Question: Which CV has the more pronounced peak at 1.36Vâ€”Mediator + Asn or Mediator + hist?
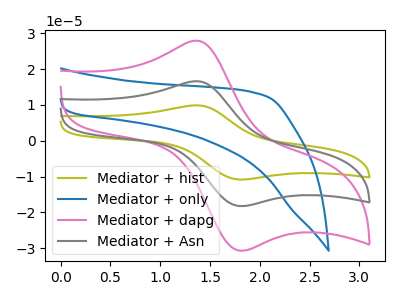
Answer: <think>The olive curve "Mediator + hist" has an anodic peak at (1.35V, 33.15uA) and a cathodic peak at (1.80V, -36.50uA). The blue curve "Mediator + only" has no peaks. The pink curve "Mediator + dapg" has an anodic peak at (1.35V, 27.90uA) and a cathodic peak at (1.80V, -30.70uA). The gray curve "Mediator + Asn" has an anodic peak at (1.35V, 16.60uA) and a cathodic peak at (1.80V, -18.25uA).</think>
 <answer>The peak at 1.36V is lower in "Mediator + Asn" than in "Mediator + hist".</answer>
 <eval>lower</eval>